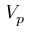
V _ { p }